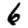
Digit: 6